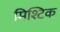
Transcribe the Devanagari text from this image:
मिश्टिक